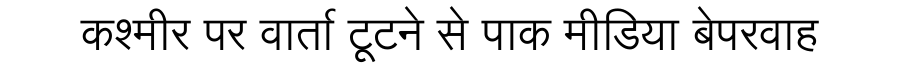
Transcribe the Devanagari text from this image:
कश्मीर पर वार्ता टूटने से पाक मीडिया बेपरवाह